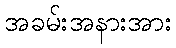
အခမ်းအနားအား